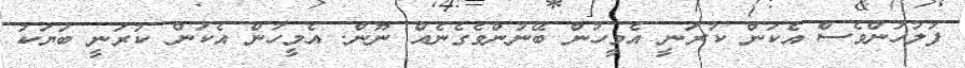
ފުލުހުންވެސް އެކަން ކުރަނީ އެމީހުން ބޭނުންވެގެނެއް ނޫން. އެމީހުން އެކަން ކުރަނީ ބަޔަކު